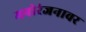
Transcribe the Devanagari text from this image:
मनोरंजनावर